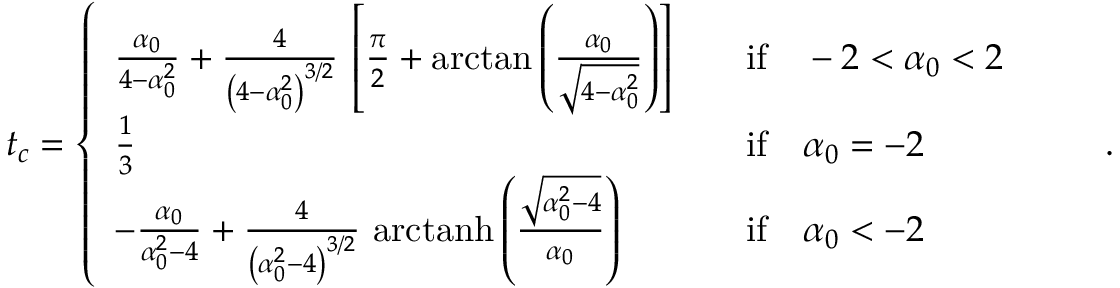
t _ { c } = \left\{ \begin{array} { l l l } { \frac { \alpha _ { 0 } } { 4 - \alpha _ { 0 } ^ { 2 } } + \frac { 4 } { \left( 4 - \alpha _ { 0 } ^ { 2 } \right) ^ { 3 / 2 } } \, \left[ \frac { \pi } { 2 } + \arctan \left( \frac { \alpha _ { 0 } } { \sqrt { 4 - \alpha _ { 0 } ^ { 2 } } } \right) \right] } & & { \mathrm { i f } \quad - 2 < \alpha _ { 0 } < 2 } \\ { \frac { 1 } { 3 } } & & { \mathrm { i f } \quad \alpha _ { 0 } = - 2 } \\ { - \frac { \alpha _ { 0 } } { \alpha _ { 0 } ^ { 2 } - 4 } + \frac { 4 } { \left( \alpha _ { 0 } ^ { 2 } - 4 \right) ^ { 3 / 2 } } \, \, \mathrm { a r c t a n h } \left( \frac { \sqrt { \alpha _ { 0 } ^ { 2 } - 4 } } { \alpha _ { 0 } } \right) } & & { \mathrm { i f } \quad \alpha _ { 0 } < - 2 } \end{array} \right. \qquad .